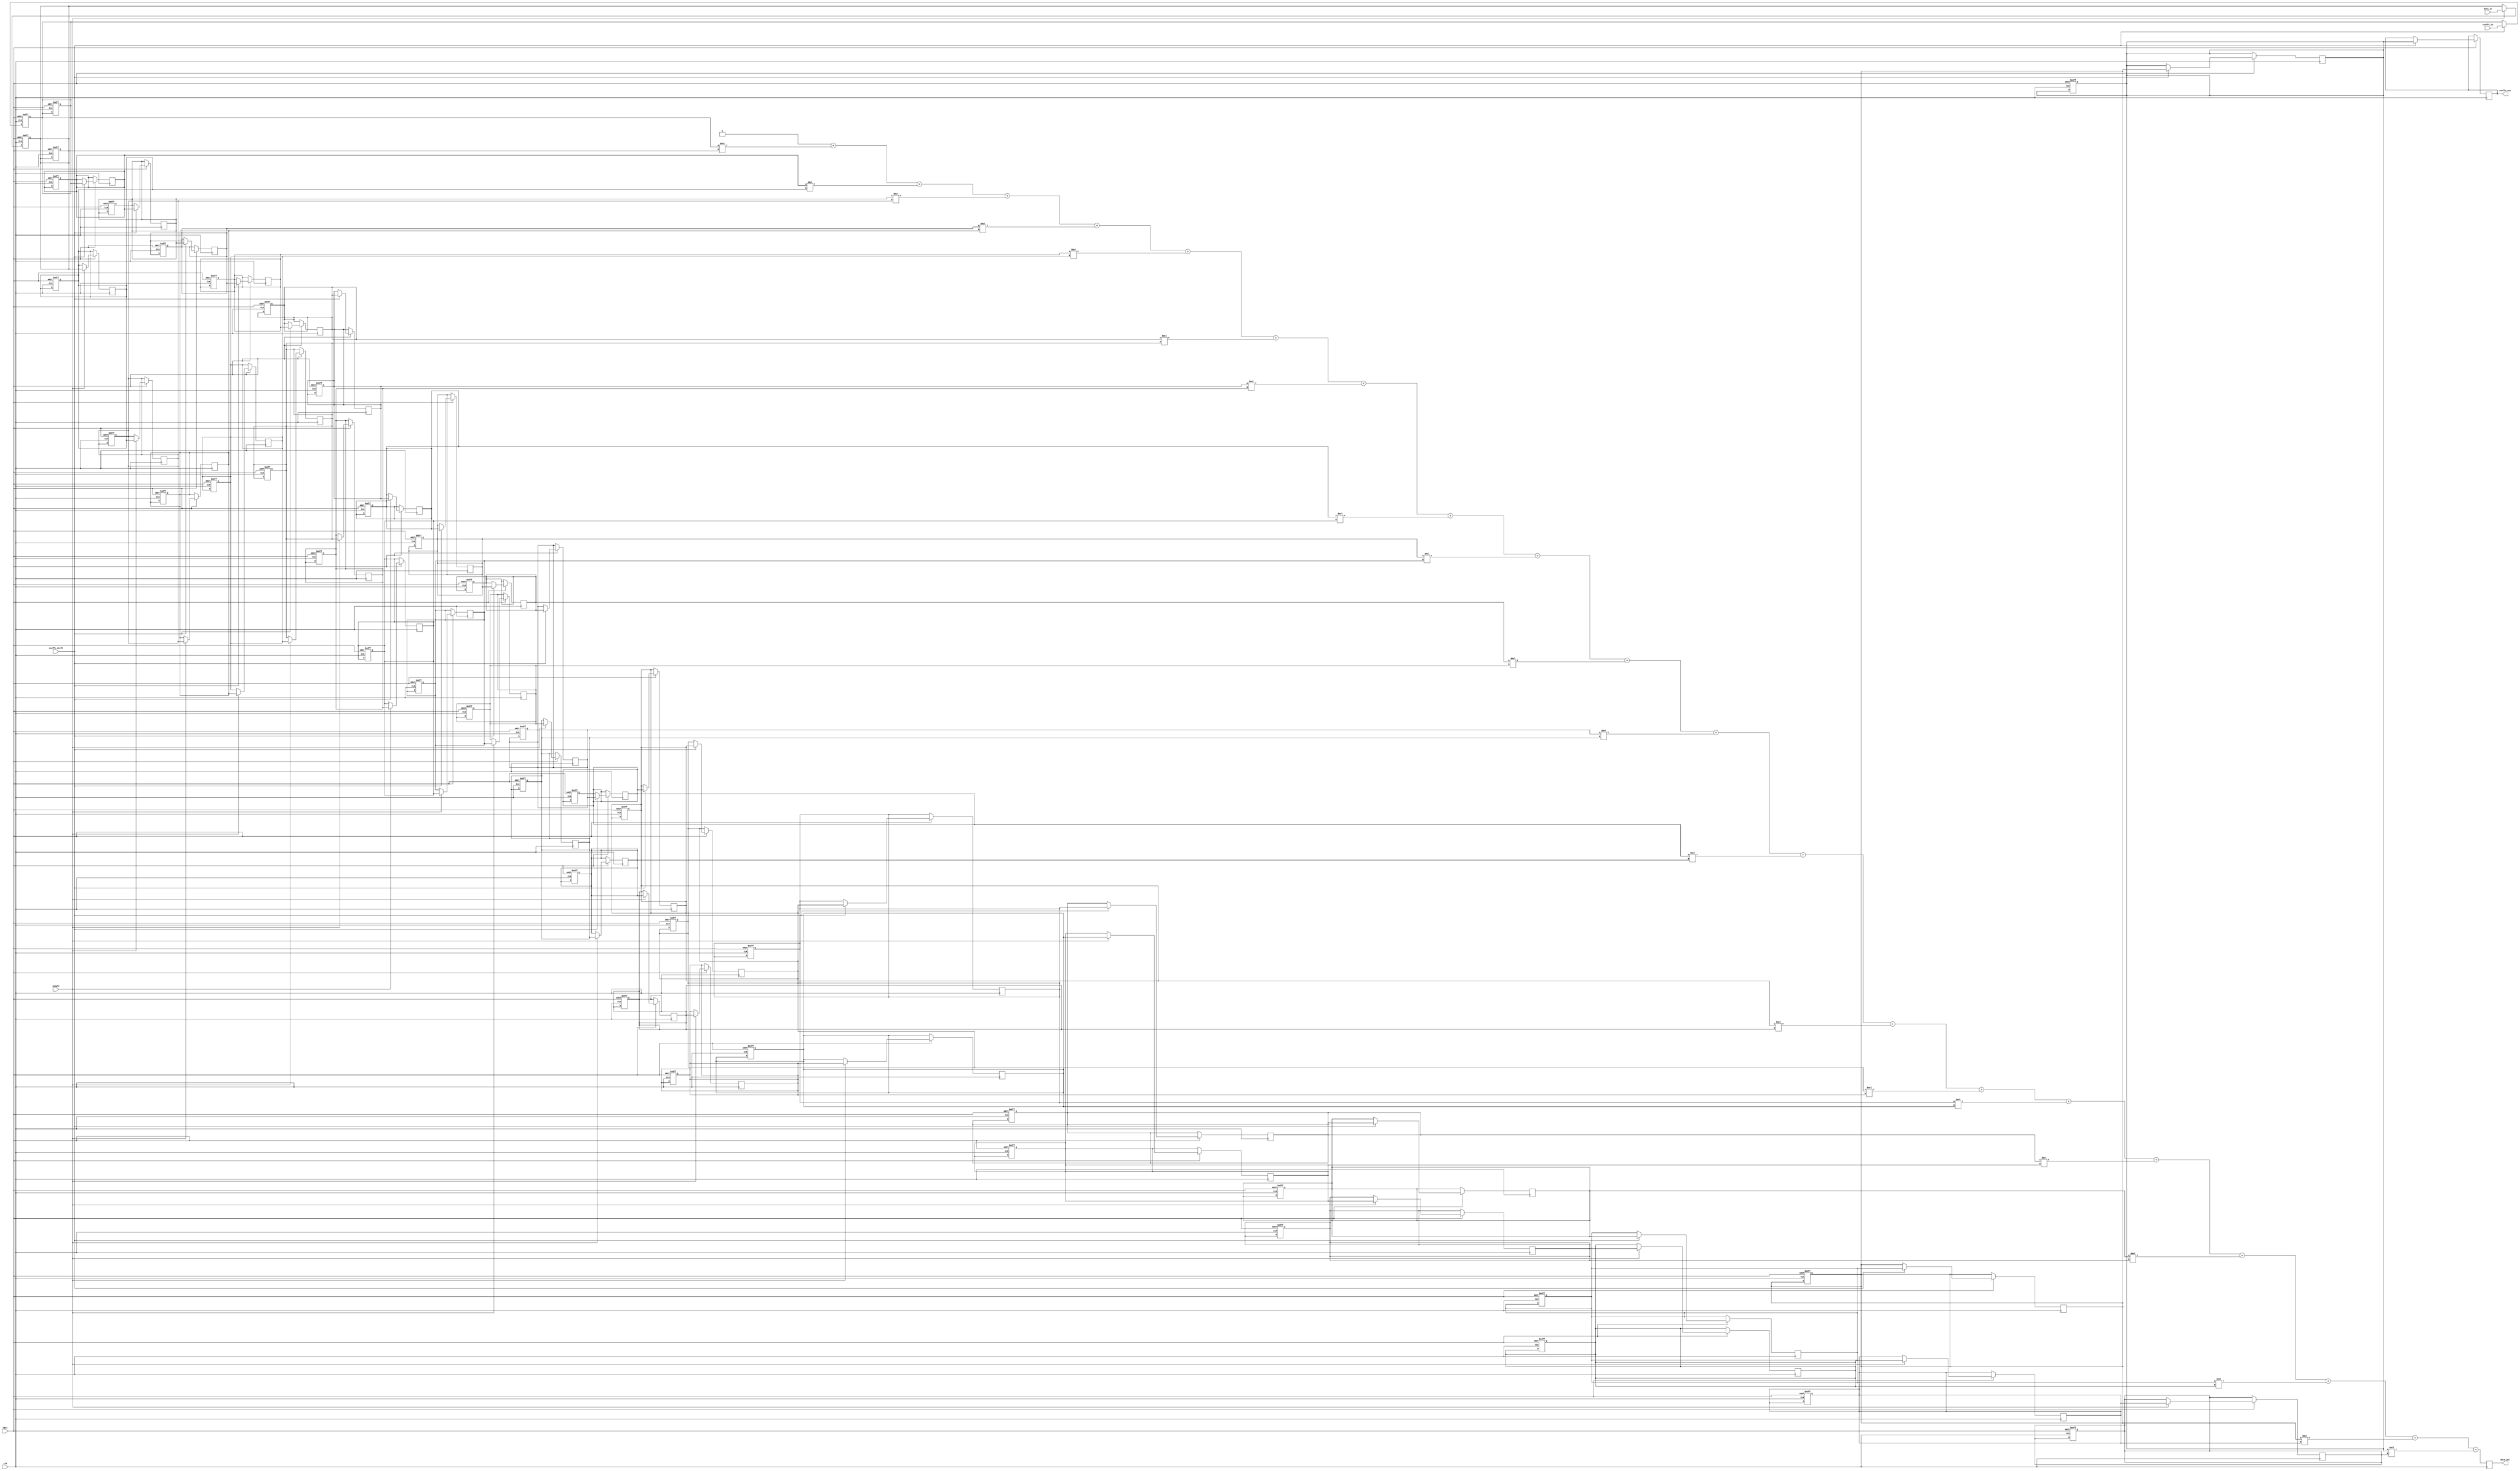
module fir_filter_core(
	input                      	clk,
	input                      	nRst,
	input                      	sample,  		// Sample input
	input						coeffs_shift,	// Shift coeffs along one
	input    			[31:0] 	data_in,      	// Data in to filter
	input				[7:0]	coeffs_in,		// Coeffcients in to filter
	output   	reg 	[31:0] 	data_out,  		// Data out of filter
	output				[7:0]	coeffs_out		// Coeffcients out of filter
);	
	parameter LENGTH = 20;




	// The coeff pipe

	reg [7:0] coeffs [LENGTH:0];										// Registers

	assign coeffs_out = coeffs[LENGTH];									// Take output

	always @(posedge clk or negedge nRst) begin 						// Reset the pipe
		if(!nRst) 				coeffs[0] <= 8'b0;
		else if(coeffs_shift) 	coeffs[0] <= coeffs_in;
	end

	genvar i;
		generate
			for (i = 0; i < LENGTH; i = i + 1) begin: coeff_pipe		// Shift between regs
				always @(posedge clk or negedge nRst) begin
					if(!nRst) 				coeffs[i] <= 8'b0;
					else if(coeffs_shift) 	coeffs[i+1] <= coeffs[i];
				end
			end
		endgenerate



	// The data pipe

	reg [31:0] data [LENGTH:0];											// Registers

	always @(posedge clk or negedge nRst) begin 						// Reset the pipe
		if(!nRst) 			data[0] <= 32'b0;
		else if(sample) 	data[0] <= data_in;
	end

	genvar j;
		generate
			for (j = 0; j < LENGTH; j = j + 1) begin : data_pipe		// Shift between regs
				always @(posedge clk or negedge nRst) begin
					if(!nRst) 			data[j] <= 32'b0;
					else if(sample) 	data[j+1] <= data[j];
				end
			end
		endgenerate


	// MAC
	integer k;
	always @(posedge clk) begin 
		if(!nRst) 
			data_out <= 32'b0;
		else
			data_out = 32'b0;
			for(k=0;k<LENGTH;k=k+1) begin
				data_out = data_out + (coeffs[k]*data[k]);
			end
	end
endmodule